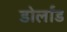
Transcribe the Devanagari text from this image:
डोर्लांड